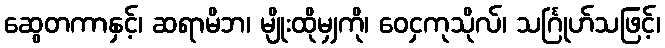
ဆွေတကာနှင့်၊ ဆရာမိဘ၊ မျိုးထိုမျှကို၊ ဝေငှကုသိုလ်၊ သင်္ဂြုဟ်သဖြင့်၊